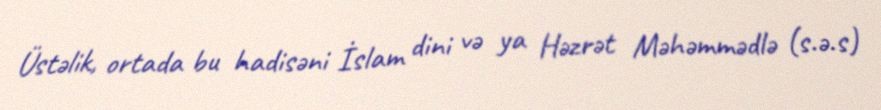
Üstəlik, ortada bu hadisəni İslam dini və ya Həzrət Məhəmmədlə (s.ə.s)